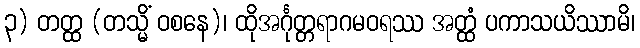
၃) တတ္ထ (တသ္မိံ ဝစနေ)၊ ထိုအင်္ဂုတ္တရာဂမဝရဿ အတ္ထံ ပကာသယိဿာမိ၊